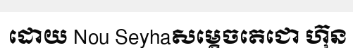
ដោយ Nou Seyhaសម្តេចតេជោ ហ៊ុន